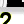
Digit: 2